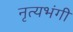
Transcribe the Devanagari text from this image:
नृत्यभंगी